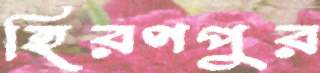
হিরণপুর